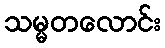
သမ္မတလောင်း